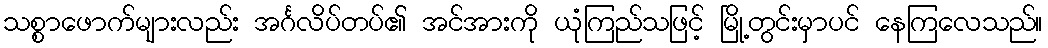
သစ္စာဖောက်များလည်း အင်္ဂလိပ်တပ်၏ အင်အားကို ယုံကြည်သဖြင့် မြို့တွင်းမှာပင် နေကြလေသည်။